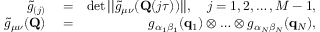
\begin{array} { r l r } { \tilde { g } _ { ( j ) } } & { { } = } & { \operatorname* { d e t } | | \tilde { g } _ { \mu \nu } ( \mathbf { Q } ( j \tau ) ) | | , ~ ~ ~ j = 1 , 2 , \ldots , M - 1 , } \\ { \tilde { g } _ { \mu \nu } ( \mathbf { Q } ) } & { { } = } & { g _ { \alpha _ { 1 } \beta _ { 1 } } ( \mathbf { q } _ { 1 } ) \otimes \ldots \otimes g _ { \alpha _ { N } \beta _ { N } } ( \mathbf { q } _ { N } ) , } \end{array}